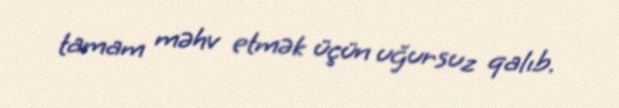
tamam məhv etmək üçün uğursuz qalıb.